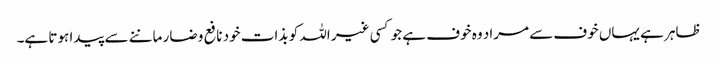
ظاہر ہے یہاں خوف سے مراد وہ خوف ہے جو کسی غیر اللہ کو بذات خود نافع و ضار ماننے سے پیدا ہوتا ہے۔